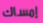
إمساك